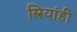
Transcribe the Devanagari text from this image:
स्त्रियांही